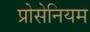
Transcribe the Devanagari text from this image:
प्रोसेनियम